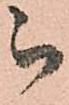
被